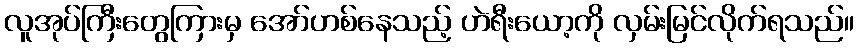
လူအုပ်ကြီးတွေကြားမှ အော်ဟစ်နေသည့် ဟဲရီးယော့ကို လှမ်းမြင်လိုက်ရသည်။